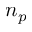
n _ { p }